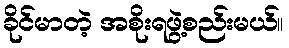
ခိုင်မာတဲ့ အစိုးရဖွဲ့စည်းမယ်။